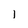
Character: I